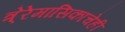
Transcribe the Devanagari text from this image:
त्रे्रेमासिकाचेही